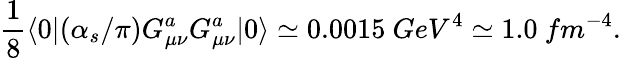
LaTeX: {\frac{1}{8}}\langle{0}|(\alpha_{s}/\pi)G_{\mu\nu}^{a}G_{\mu\nu}^{a}|{0}\rangle\simeq 0.0015\ GeV^{4}\simeq 1.0\ fm^{-4}.